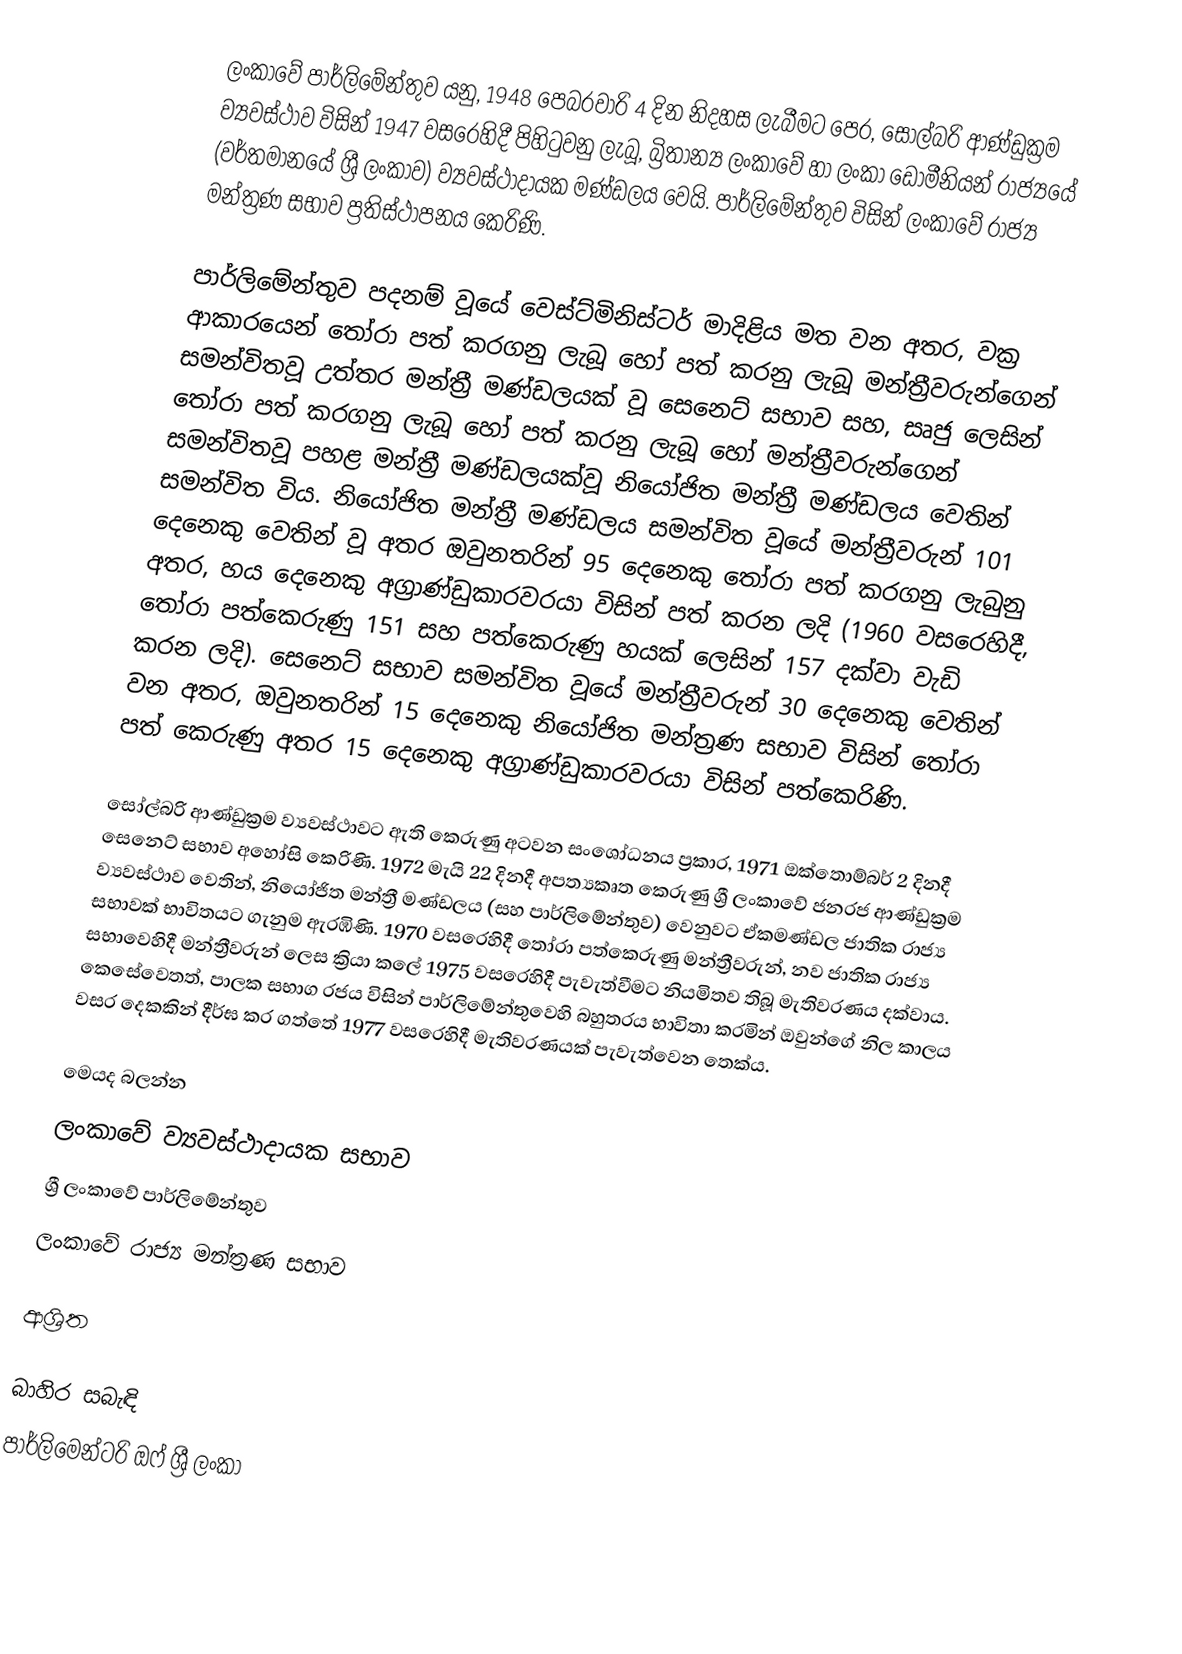
ලංකාවේ පාර්ලිමේන්තුව යනු, 1948 පෙබරවාරි 4 දින නිදහස ලැබීමට පෙර,  සෝල්බරි ආණ්ඩුක්‍රම ව්‍යවස්ථාව විසින් 1947 වසරෙහිදී පිහිටුවනු ලැබූ, බ්‍රිතාන්‍ය ලංකාවේ හා  ලංකා ඩොමීනියන් රාජ්‍යයේ (වර්තමානයේ ශ්‍රී ලංකාව) ව්‍යවස්ථාදායක මණ්ඩලය වෙයි. පාර්ලිමේන්තුව විසින්  ලංකාවේ රාජ්‍ය මන්ත්‍රණ සභාව ප්‍රතිස්ථාපනය කෙරිණි.

පාර්ලිමේන්තුව පදනම් වූයේ වෙස්ට්මිනිස්ටර් මාදිළිය මත වන අතර, වක්‍ර ආකාරයෙන් තෝරා පත් කරගනු ලැබූ හෝ පත් කරනු ලැබූ මන්ත්‍රීවරුන්ගෙන් සමන්විතවූ උත්තර මන්ත්‍රී මණ්ඩලයක් වූ  සෙනෙට් සභාව සහ, සෘජු ලෙසින් තෝරා පත් කරගනු ලැබූ හෝ පත් කරනු ලැබූ හෝ මන්ත්‍රීවරුන්ගෙන් සමන්විතවූ පහළ මන්ත්‍රී මණ්ඩලයක්වූ  නියෝජිත මන්ත්‍රී මණ්ඩලය වෙතින් සමන්විත විය. නියෝජිත මන්ත්‍රී මණ්ඩලය සමන්විත වූයේ මන්ත්‍රීවරුන්  101 දෙනෙකු වෙතින් වූ අතර ඔවුනතරින් 95 දෙනෙකු තෝරා පත් කරගනු ලැබුනු අතර, හය දෙනෙකු  අග්‍රාණ්ඩුකාරවරයා විසින් පත් කරන ලදි (1960 වසරෙහිදී, තෝරා පත්කෙරුණු 151 සහ පත්කෙරුණු හයක් ලෙසින් 157 දක්වා වැඩි කරන ලදි). සෙනෙට් සභාව සමන්විත වූයේ මන්ත්‍රීවරුන් 30 දෙනෙකු වෙතින් වන අතර, ඔවුනතරින් 15 දෙනෙකු නියෝජිත මන්ත්‍රණ සභාව විසින් තෝරා පත් කෙරුණු අතර 15 දෙනෙකු අග්‍රාණ්ඩුකාරවරයා විසින් පත්කෙරිණි.

සෝල්බරි ආණ්ඩුක්‍රම ව්‍යවස්ථාවට ඇති කෙරුණු අටවන සංශෝධනය ප්‍රකාර, 1971 ඔක්තොම්බර් 2 දිනදී සෙනෙට් සභාව අහෝසි කෙරිණි. 1972 මැයි 22 දිනදී අපත්‍යකෘත කෙරුණු ශ්‍රී ලංකාවේ ජනරජ ආණ්ඩුක්‍රම ව්‍යවස්ථාව වෙතින්, නියෝජිත මන්ත්‍රී මණ්ඩලය (සහ පාර්ලිමේන්තුව) වෙනුවට ඒකමණ්ඩල ජාතික රාජ්‍ය සභාවක් භාවිතයට ගැනුම ඇරඹිණි. 1970 වසරෙහිදී තෝරා පත්කෙරුණු මන්ත්‍රීවරුන්, නව ජාතික රාජ්‍ය සභාවෙහිදී මන්ත්‍රීවරුන් ලෙස ක්‍රියා කලේ 1975 වසරෙහිදී පැවැත්වීමට නියමිතව තිබූ මැතිවරණය දක්වාය. කෙසේවෙතත්, පාලක සභාග රජය විසින් පාර්ලිමේන්තුවෙහි බහුතරය භාවිතා කරමින් ඔවුන්ගේ නිල කාලය වසර දෙකකින් දීර්ඝ කර ගත්තේ 1977 වසරෙහිදී මැතිවරණයක් පැවැත්වෙන තෙක්ය.

මෙයද බලන්න
 ලංකාවේ ව්‍යවස්ථාදායක සභාව
 ශ්‍රී ලංකාවේ පාර්ලිමේන්තුව
 ලංකාවේ රාජ්‍ය මන්ත්‍රණ සභාව

ආශ්‍රිත

බාහිර සබැඳි
පාර්ලිමෙන්ටරි ඔෆ් ශ්‍රී ලංකා